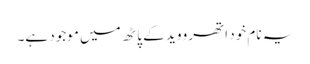
یہ نام خود اتھرو وید کے پاٹھ میں موجود ہے۔